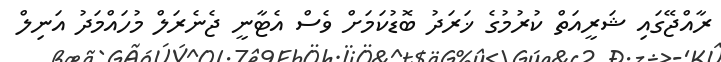
ރާއްޖޭގައި ޝަރީއަތް ކުރުމުގެ ޚަރަދު ބޮޑުކަމަށް ވެސް އެޓާނީ ޖެނެރަލް މުހައްމަދު އަނިލް